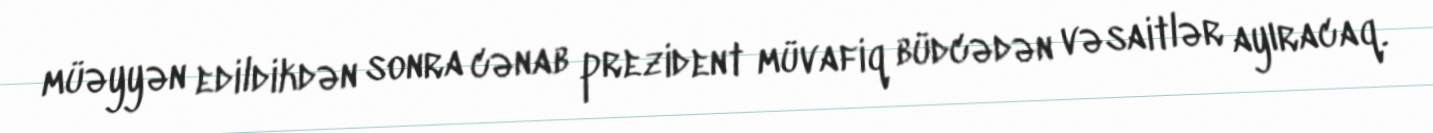
müəyyən edildikdən sonra cənab prezident müvafiq büdcədən vəsaitlər ayıracaq.